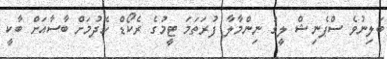
ބަލިނުވެ ސްޕެނިޝް ލީގު ނިންމާލާ ފުރަތަމަ ޓީމުގެ ރެކޯޑް ހެދުމަށް ބާސާއަށް ބާކީ